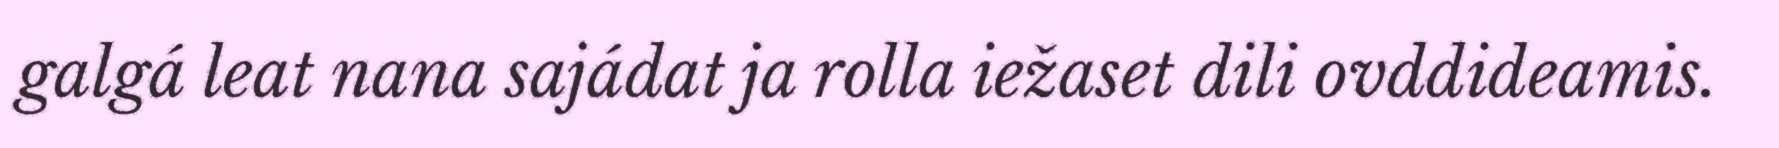
galgá leat nana sajádat ja rolla iežaset dili ovddideamis.